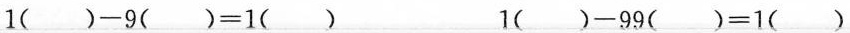
$$1 ( ) - 9 ( ) = 1 ( )$$ $$1 ( ) - 9 9 ( ) = 1 ( )$$